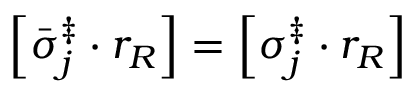
\left[ \bar { \sigma } _ { j } ^ { \ddag } \cdot r _ { R } \right] = \left[ \sigma _ { j } ^ { \ddag } \cdot r _ { R } \right]